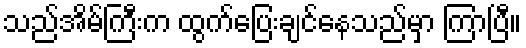
သည်အိမ်ကြီးက ထွက်ပြေးချင်နေသည်မှာ ကြာပြီ။